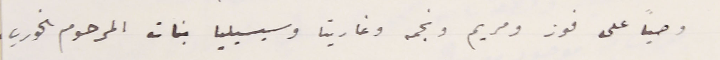
وصياً على فوز ومريم ونجمه وغاريتا وسيسيليا بنات المرحوم الخوري